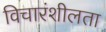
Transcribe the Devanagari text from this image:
विचारंशीलता